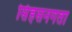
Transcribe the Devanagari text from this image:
सिंहसनगता